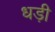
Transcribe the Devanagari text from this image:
धड़ी